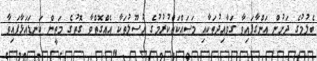
ބެލުމުގެ ދަށުން އަންގާފައިވާ ގަވާއިދުތަކާއި މަސައްކަތްކުރުމުގެ އުސޫލުތަކާ އެއްގޮތްވާ ގޮތުގެ މަތީން ކަނޑައަޅާފައިވާ